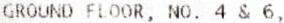
GROUND FLOOR, NO. 4 & 6,